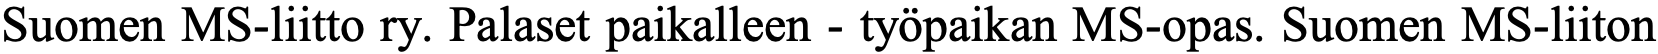
Suomen MS-liitto ry. Palaset paikalleen - työpaikan MS-opas. Suomen MS-liiton